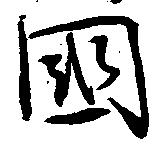
国